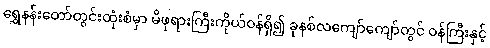
ရွှေနန်းတော်တွင်းထုံးစံမှာ မိဖုရားကြီးကိုယ်ဝန်ရှိ၍ ခုနစ်လကျော်ကျော်တွင် ဝန်ကြီးနှင့်